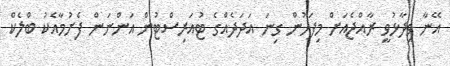
އޭނާ ވިދާޅުވީ ރާއްޖެއަށް މިފަހުން ގިނަ އަދަދެއްގެ ޓުއަރިސްޓުން އަންނަން ފެށުމާއެކު ބްލެކް